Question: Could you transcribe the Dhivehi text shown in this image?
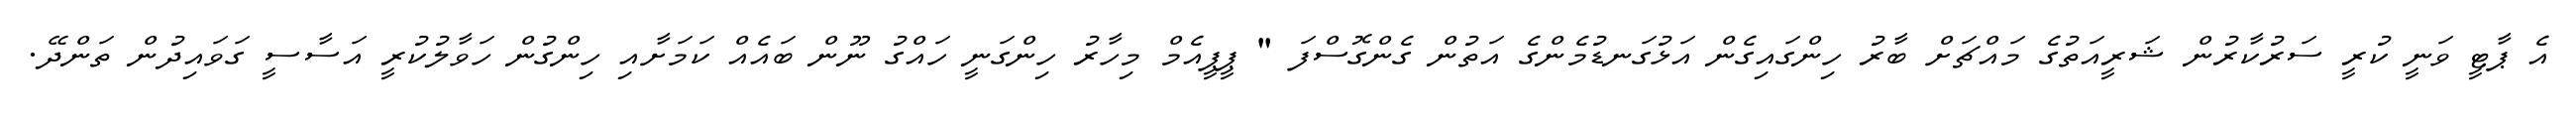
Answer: އެ ޕާޓީ ވަނީ ކުރީ ސަރުކާރުން ޝަރީއަތުގެ މައްޗަށް ބާރު ހިންގައިގެން އަޅުގަނޑުމެންގެ އަތުން ގެންގޮސްފަ " ޕީޕީއެމް މިހާރު ހިންގަނީ ހައްގު ނޫން ބައެއް ކަމަށާއި ހިންގުން ހަވާލުކުރީ އަސާސީ ގަވައިދުން ތަންދޭ.